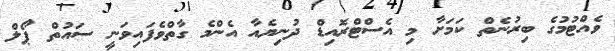
ވެއްޓުމުގެ ބިރުނެތް ކަމަށާ މި އެސްޓްރޮއިޑް ދުނިޔެއާ އެންމެ ގާތްވެފައިވަނީ ސައުތް ޕޯލް